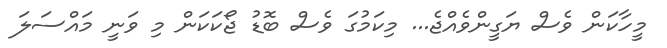
މީހާކަން ވެސް ޔަގީންވެއްޖެ... މިކަމުގަ ވެސް ބޮޑު ޖޯކަކަން މި ވަނީ މައްސަލަ